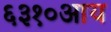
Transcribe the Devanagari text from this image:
६३१०आय